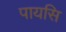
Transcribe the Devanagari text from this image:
पायसि